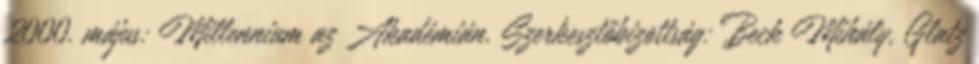
2000. május: Millennium az Akadémián. Szerkesztőbizottság: Beck Mihály, Glatz